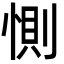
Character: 惻